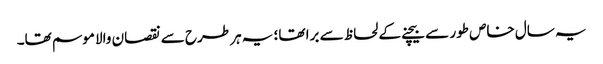
یہ سال خاص طور سے بیچنے کے لحاظ سے برا تھا؛ یہ ہر طرح سے نقصان والا موسم تھا۔